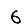
Digit: 6